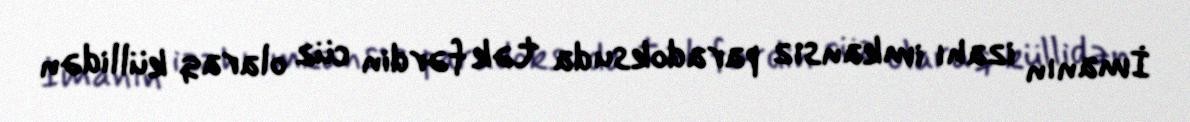
İmanın izahı imkansız paradoksu da tək fərdin cüz olaraq küllidən